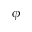
\phi